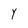
Character: Y